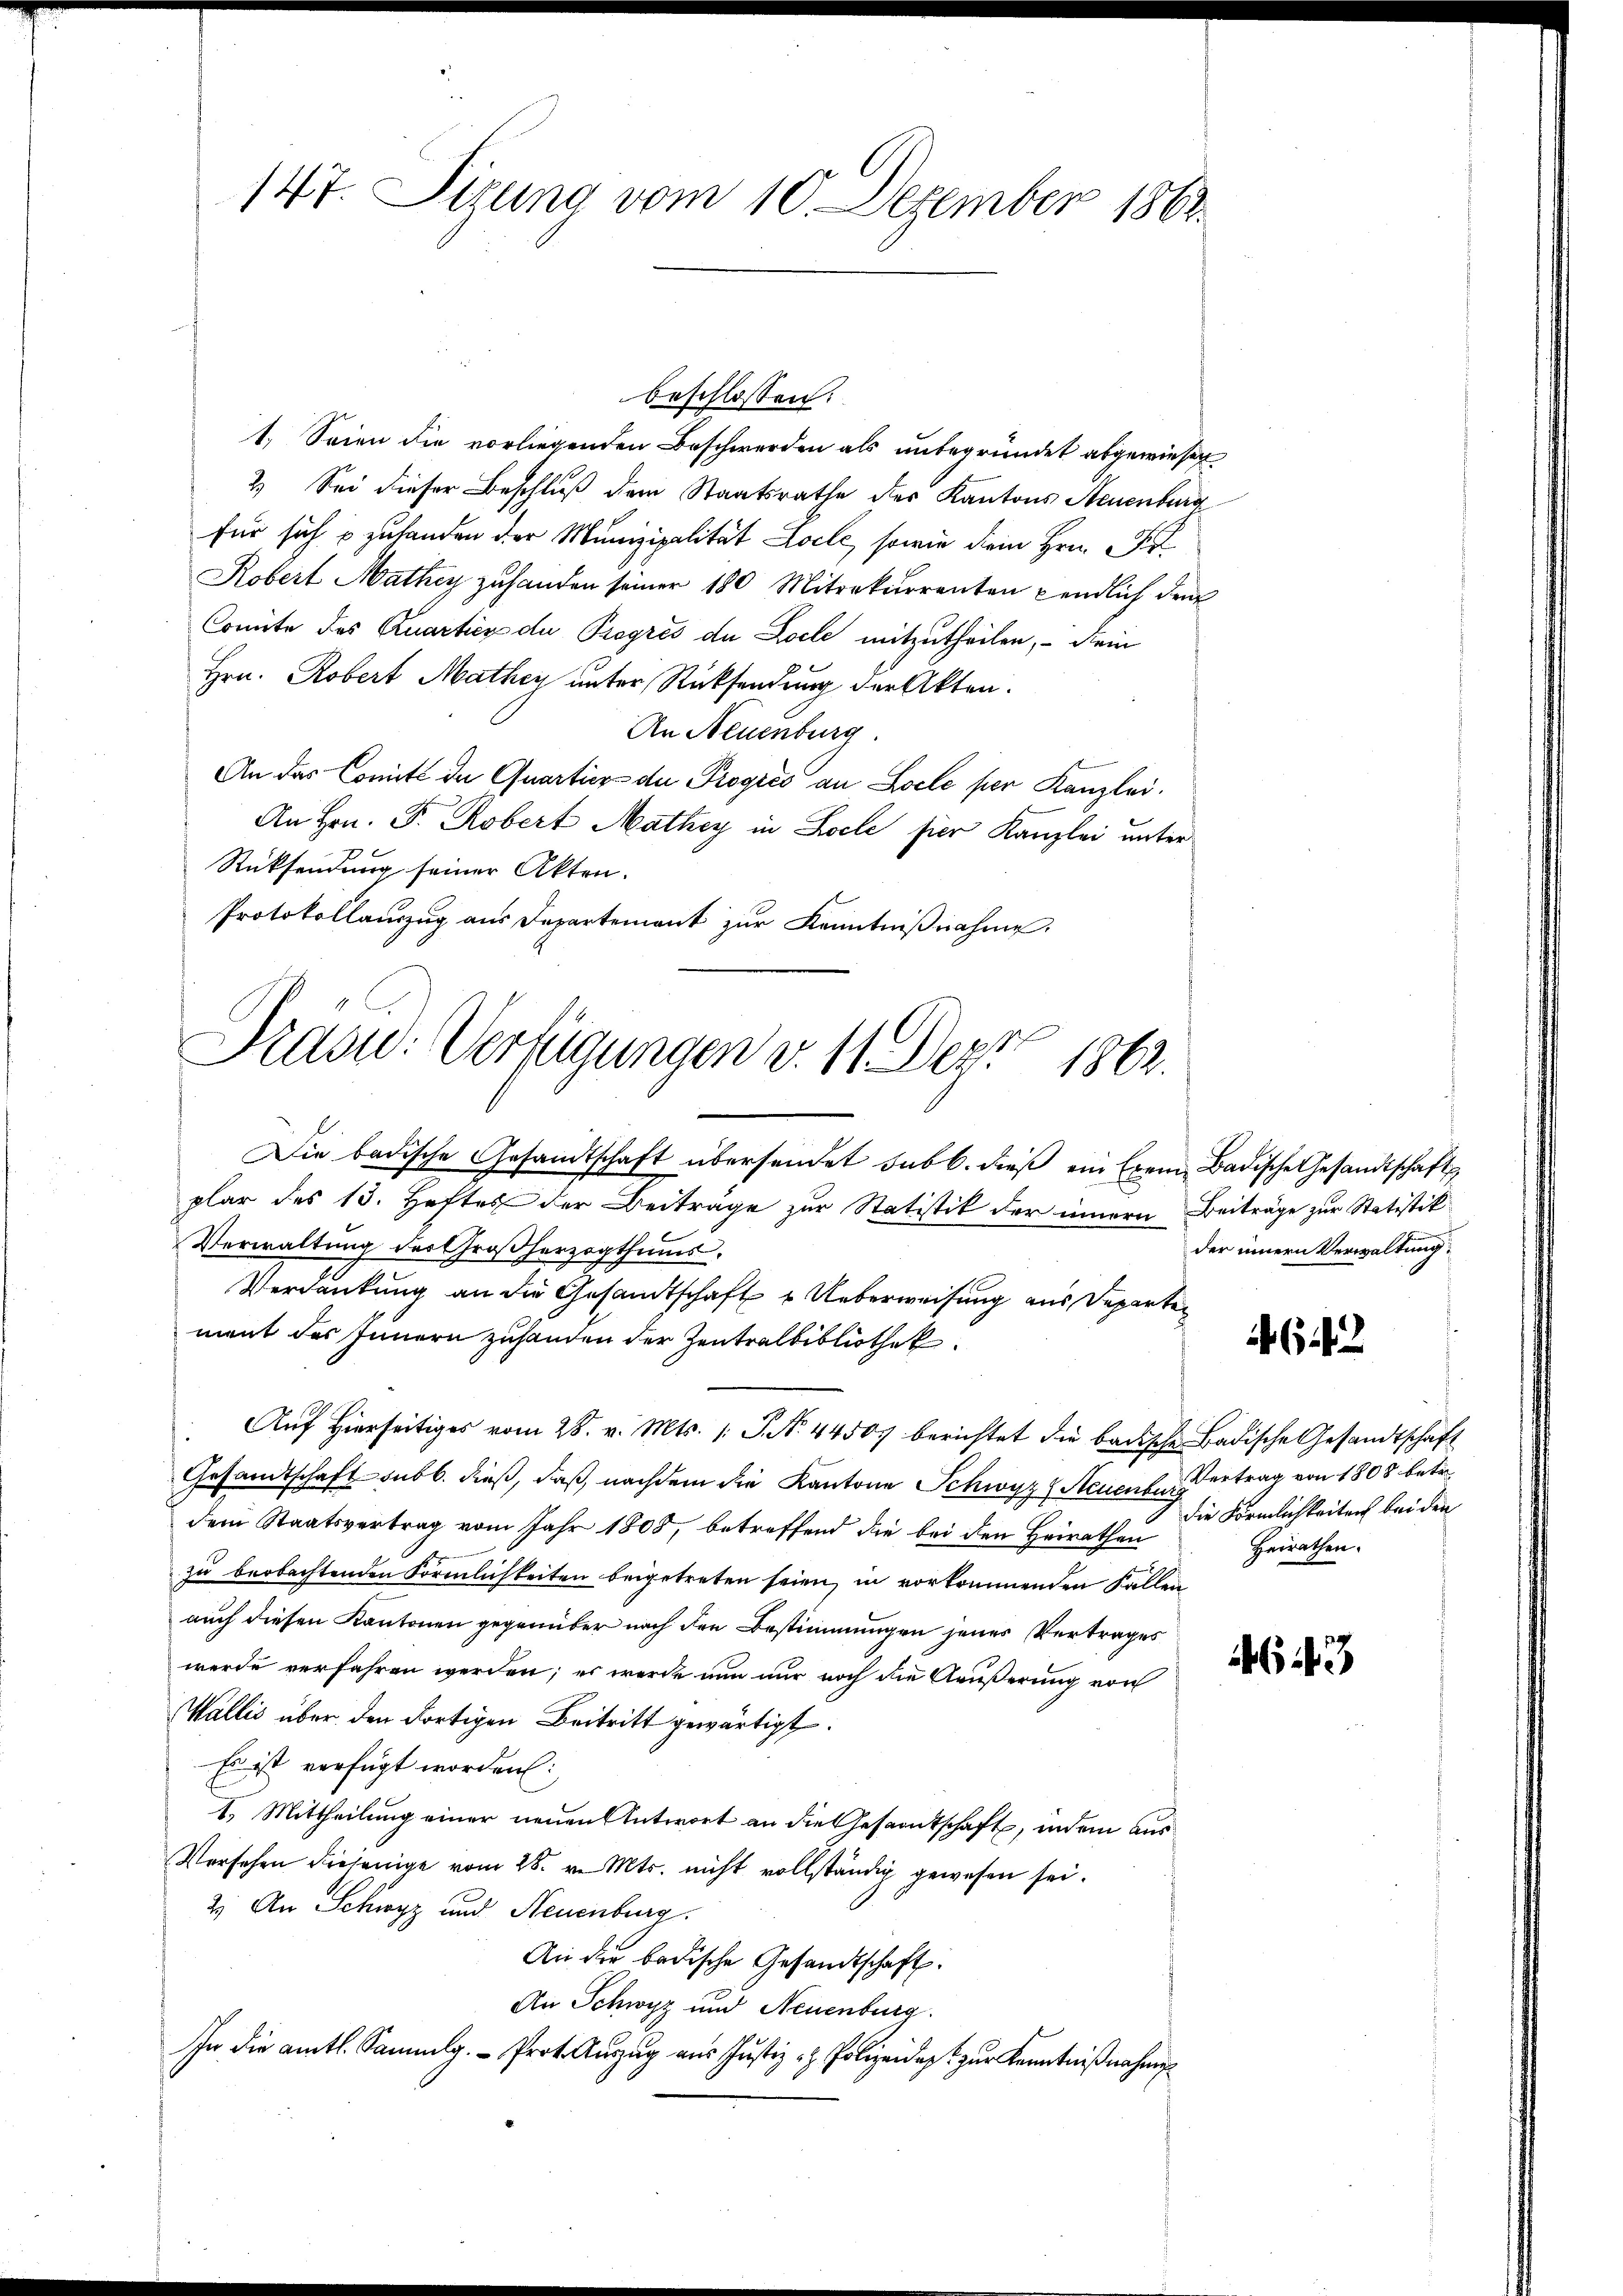
beschlossen:
1. Seien die vorliegenden Beschwerden als unbegründet abgewiesen.
2) Sei dieser Beschluß dem Staatsrathe des Kantons Neuenburg
für sich zu handen der Munizipalität Loele, sowie dein Hrn. F.
Robert Mathey zuhanden seiner 180 Mitrekurrenten pendlich denk
Comite des Quarties de Progrés de Loche mitzutheilen, – dein
Hrn. Robert Mathey unter Rücksendung der Akten.
An Neuenburg
An das Comité de Quartier der Progres an Locle per Kanzlei.
An Hrn. F. Robert Mathey in Loele hier Kanzlei unter
Rücksendung seiner Akten.
Protokollauszug aus Departement zur Kenntniβnahme,

147. Sizung vom 10. Dezember 1862

Prasid. Verfügungen v. 11 Dez. 1862.

Die badische Gesandtschaft übersendet sub b. dieβ ein Exem Badische Gesandtschaft
plar des 13. Heftes der Beiträge zur Statistik der innern Beiträge zur Statistik
Verwaltung des Großherzogthums
Verdankung an die Gesandtschaft & Ueberweisung aus Departen
ment des Innern zuhanden der Zentralbibliothek.
Aŭf Hierseitiges vom 28. v. Mts. 1 S. N. 44504 berichtet die badische Badische Gesandtschaft
Gesandtschaft sub b. dieß, daß nachdem die Kantone Schwyz Neuente Vertrag von 1808 betre
dem Staatsvertrag vom Jahr 1808, betreffend die bei den Heirathen
zu beobachtenden Förmlichkeiten beigetreten seien, in vorkommenden Fallen
auch diesen Kantonen gegenüber nach den Bestimmungen jenes Vertrages
werde verfahren werden; es werde nun nur noch die Aeußerung von
Wallis über den dortigen Beitritt gewärtigt.
Es ist verfügt worden:
1. Mittheilung einer neuen Antwort an die Gesamtschaft, indem aus
Versehen diejenige vom 28. v. Mts. nicht vollständig gewesen sei.
2) An Schwyz und Neuenburg.
An die badische Gesandtschaft.
An Schwyz und Neuenburg.
In die amtl. Sammlg. Prot. Aŭszŭg aŭs Jŭstiz - Polizeides zur Kenntniβnahm

der innern Verwaltung.

642

die Förmlichkeiten bei den
Heirathen.

3